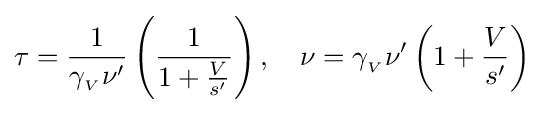
\tau ={1 \over \gamma _{_{V}}\nu '}\left({\frac {1}{1+{V \over s'}}}\right),\quad \nu =\gamma _{_{V}}\nu '\left(1+{V \over s'}\right)